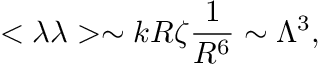
< \lambda \lambda > \sim k R \zeta \frac { 1 } { R ^ { 6 } } \sim \Lambda ^ { 3 } ,